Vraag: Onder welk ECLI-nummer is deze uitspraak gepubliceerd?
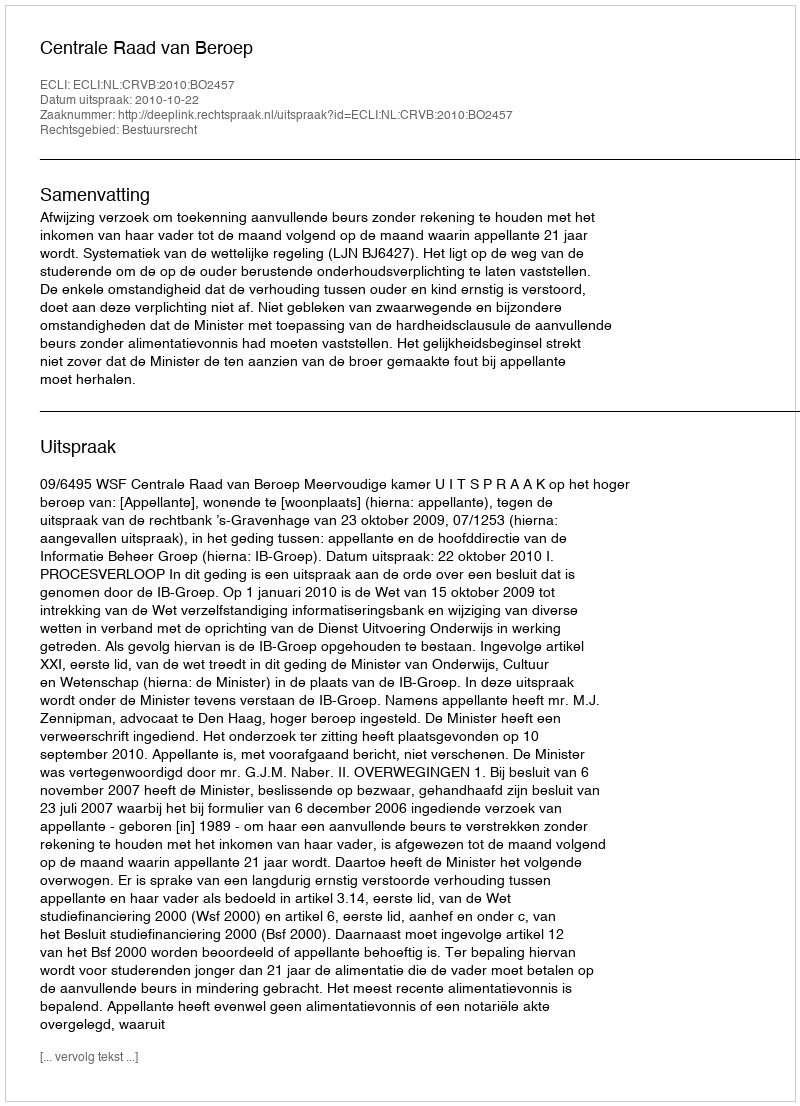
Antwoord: ECLI:NL:CRVB:2010:BO2457